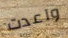
واعدت